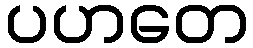
ပဟတေ